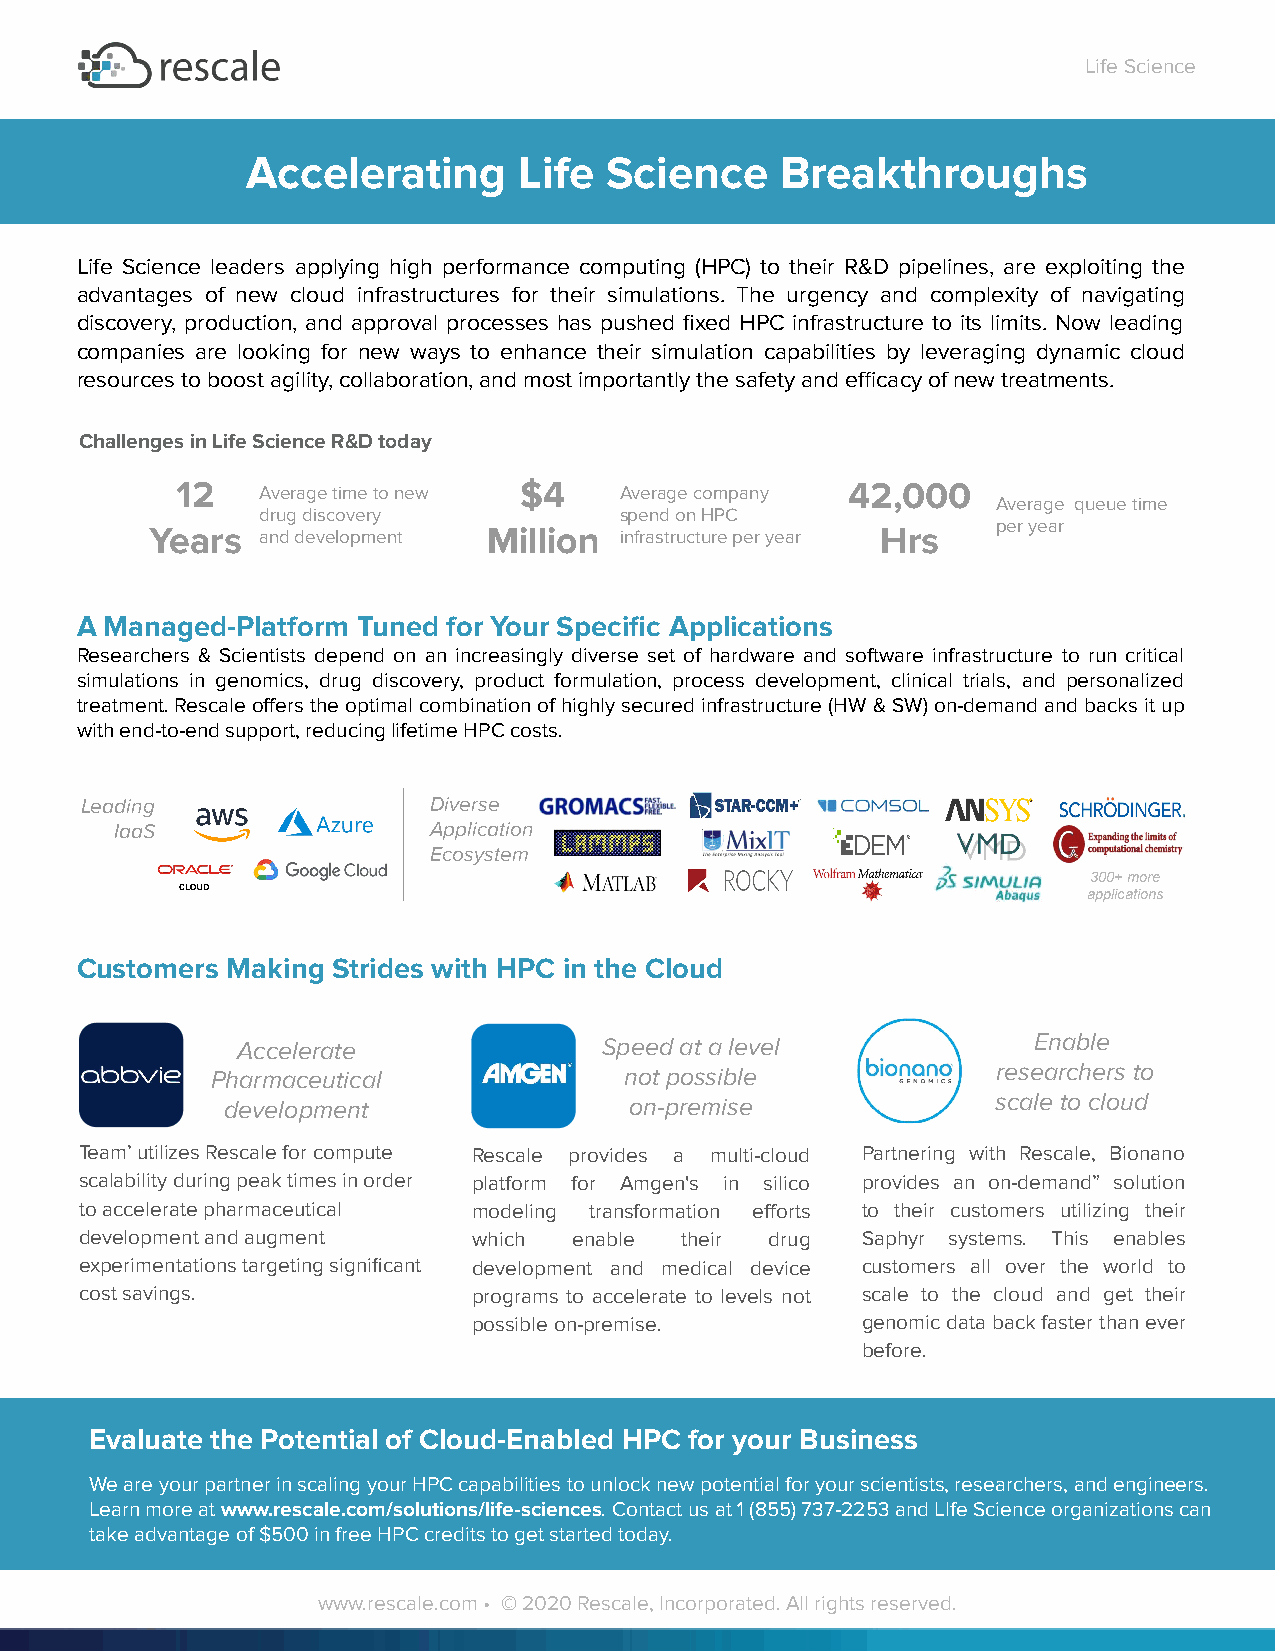
Life Science
 Accelerating      Life  Science     Breakthroughs
 Life Science leaders applying high performance computing (HPC) to their R&D pipelines, are exploiting the
 advantages of new cloud infrastructures for their simulations. The urgency and complexity of navigating
 discovery, production, and approval processes has pushed fixed HPC infrastructure to its limits. Now leading
 companies are looking for new ways to enhance their simulation capabilities by leveraging dynamic cloud
 resources to boost agility, collaboration, and most importantly the safety and efficacy of new treatments.
 Challenges in Life Science R&D today
 12   Average time to new $4  Average company 42,000
 Average queue time
 drug discovery          spend on HPC
 Years  and development Million infrastructure per year Hrs per year
 A Managed-Platform Tuned for Your Specific Applications
 Researchers & Scientists depend on an increasingly diverse set of hardware and software infrastructure to run critical
 simulations in genomics, drug discovery, product formulation, process development, clinical trials, and personalized
 treatment. Rescale offers the optimal combination of highly secured infrastructure (HW & SW) on-demand and backs it up
 with end-to-end support, reducing lifetime HPC costs.
 Leading                Diverse
 IaaS                Application
 Ecosystem
 300+ more
 applications
 Customers Making Strides with HPC in the Cloud
 Accelerate              Speed at a level            Enable
 Pharmaceutical             not possible             researchers to
 development                on-premise              scale to cloud
 Team’ utilizes Rescale for compute Rescale provides a multi-cloud Partnering with Rescale, Bionano
 scalability during peak times in order platform for Amgen's in silico provides an on-demand” solution
 to accelerate pharmaceutical modeling transformation efforts to their customers utilizing their
 development and augment   which  enable their drug  Saphyr systems. This enables
 experimentations targeting significant development and medical device customers all over the world to
 cost savings.             programs to accelerate to levels not scale to the cloud and get their
 possible on-premise.      genomic data back faster than ever
 before.
 Evaluate the Potential of Cloud-Enabled HPC for your Business
 We are your partner in scaling your HPC capabilities to unlock new potential for your scientists, researchers, and engineers.
 Learn more at www.rescale.com/solutions/life-sciences. Contact us at 1 (855) 737-2253 and LIfe Science organizations can
 take advantage of $500 in free HPC credits to get started today.
 www.rescale.com • © 2020 Rescale, Incorporated. All rights reserved.